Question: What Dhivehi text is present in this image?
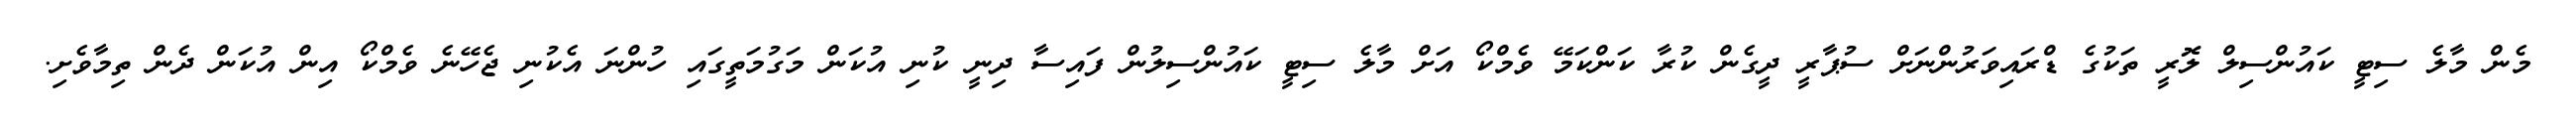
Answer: މެން މާލެ ސިޓީ ކައުންސިލް ލޮރީ ތަކުގެ ޑްރައިވަރުންނަށް ސުޕާރީ ދީގެން ކުރާ ކަންކަމޭ ވެމްކޯ އަށް މާލެ ސިޓީ ކައުންސިލުން ފައިސާ ދިނީ ކުނި އުކަން މަގުމަތީގައި ހުންނަ އެކުނި ޖެހޭނެ ވެމްކޯ އިން އުކަން ދެން ތިމާވެށި.